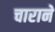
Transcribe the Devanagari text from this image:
चाराने